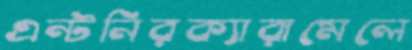
এন্টনিরক্যারামেলে